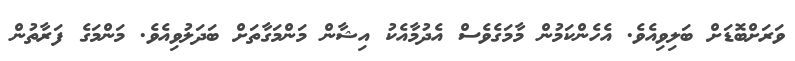
ވަރަށްބޮޑަށް ބަލިވިއެވެ. އެހެންކަމުން މާމަގެވެސް އެދުމާއެކު އިޝާން މަންމަގާތަށް ބަދަލުވިއެވެ. މަންމަގެ ފަރާތުން